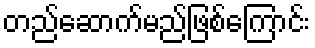
တည်ဆောက်မည်ဖြစ်ကြောင်း